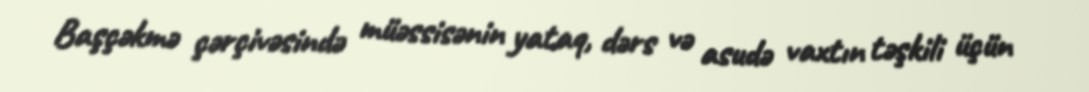
Başçəkmə çərçivəsində müəssisənin yataq, dərs və asudə vaxtın təşkili üçün